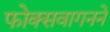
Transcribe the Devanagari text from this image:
फोक्सवागनने